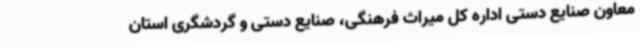
معاون صنایع دستی اداره کل میراث فرهنگی، صنایع دستی و گردشگری استان